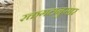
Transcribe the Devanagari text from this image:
रक्तगटानुसार